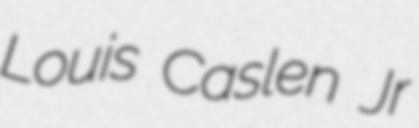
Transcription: Louis Caslen Jr